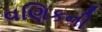
વણિકની